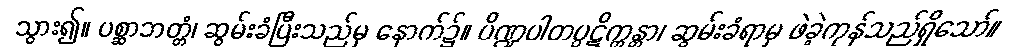
သွား၍။ ပစ္ဆာဘတ္တံ၊ ဆွမ်းခံပြီးသည်မှ နောက်၌။ ပိဏ္ဍပါတပ္ပဋိက္ကန္တာ၊ ဆွမ်းခံရာမှ ဖဲခဲ့ကုန်သည်ရှိသော်။